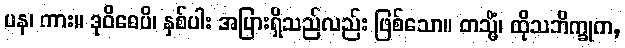
ပန၊ ကား။ ဒုဝိဓေပိ၊ နှစ်ပါး အပြားရှိသည်လည်း ဖြစ်သော။ တသ္မိံ၊ ထိုသဘိက္ခုက,